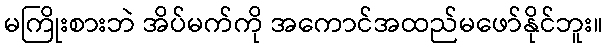
မကြိုးစားဘဲ အိပ်မက်ကို အကောင်အထည်မဖော်နိုင်ဘူး။